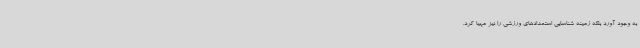
به وجود آورد بلکه زمینه شناسایی استعدادهای ورزشی را نیز مهیا کرد.